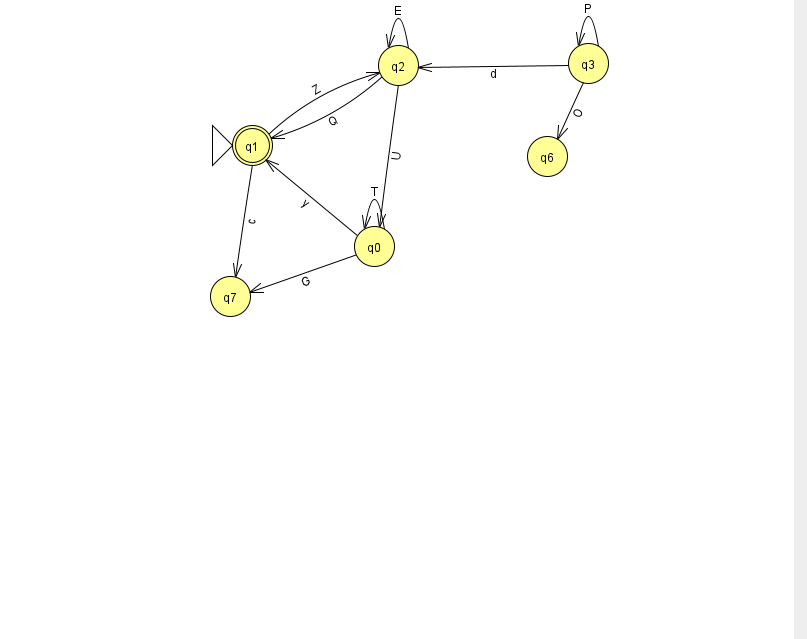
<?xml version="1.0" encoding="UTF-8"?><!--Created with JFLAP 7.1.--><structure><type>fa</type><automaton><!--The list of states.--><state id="0" name="q0"><x>374.0</x><y>233.0</y></state><state id="1" name="q1"><x>252.0</x><y>132.0</y><initial/><final/></state><state id="2" name="q2"><x>398.0</x><y>52.0</y></state><state id="3" name="q3"><x>588.0</x><y>50.0</y></state><state id="6" name="q6"><x>547.0</x><y>143.0</y></state><state id="7" name="q7"><x>230.0</x><y>283.0</y></state><!--The list of transitions.--><transition><from>3</from><to>3</to><read>P</read></transition><transition><from>0</from><to>0</to><read>T</read></transition><transition><from>2</from><to>0</to><read>U</read></transition><transition><from>2</from><to>2</to><read>E</read></transition><transition><from>2</from><to>1</to><read>Q</read></transition><transition><from>3</from><to>2</to><read>d</read></transition><transition><from>0</from><to>7</to><read>G</read></transition><transition><from>1</from><to>2</to><read>Z</read></transition><transition><from>0</from><to>1</to><read>y</read></transition><transition><from>1</from><to>7</to><read>c</read></transition><transition><from>3</from><to>6</to><read>O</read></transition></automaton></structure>